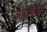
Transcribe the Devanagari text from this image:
अबाकइर